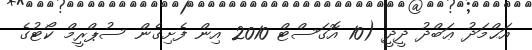
އަޙްމަދު ޢަބްދު ދީދީ (10 އޮގަސްޓް 2010 އިން ފެށިގެން ސުޕްރީމް ކޯޓުގެ